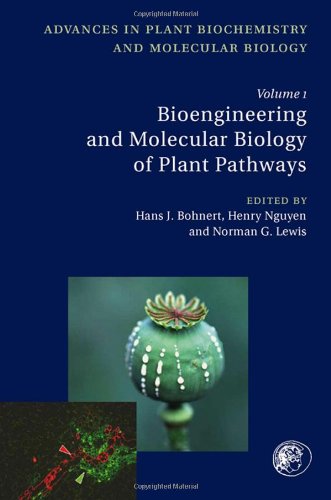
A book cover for Bioengineering and Molecular Biology of Plant Pathways, Volume 1 (Advances in Plant Biochemistry and Molecular Biology); Medical Books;